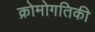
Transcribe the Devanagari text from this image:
क्रोमोगतिकी